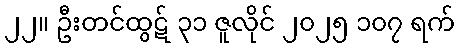
၂၂။ ဦးတင်ထွဋ် ၃၁ ဇူလိုင် ၂၀၂၅ ၁၀၇ ရက်